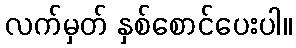
လက်မှတ် နှစ်စောင်ပေးပါ။